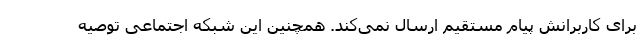
برای کاربرانش پیام مستقیم ارسال نمی‌کند. همچنین این شبکه اجتماعی توصیه